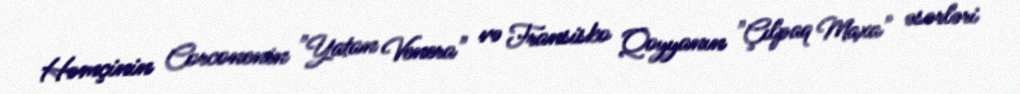
Həmçinin Corconenin "Yatan Venera" və Fransisko Qoyyanın "Çılpaq Maxa" əsərləri